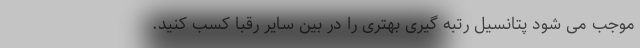
موجب می شود پتانسیل رتبه گیری بهتری را در بین سایر رقبا کسب کنید.